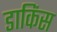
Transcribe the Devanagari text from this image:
डाकिंस